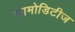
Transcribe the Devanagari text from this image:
कामोडिटीज